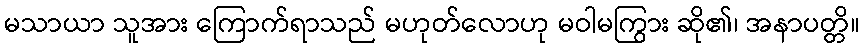
မသာယာ သူအား ကြောက်ရာသည် မဟုတ်လောဟု မဝါမကြွား ဆို၏၊ အနာပတ္တိ။